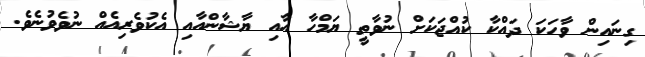
ގިނައިން ވާހަކަ ދައްކާ ކުއްޖަކަށް ނުވާތީ ޔަމްހާ އާއި ޔާޝާންއާއި އެކުވެރިއެއް ނުވެވުނެވެ.